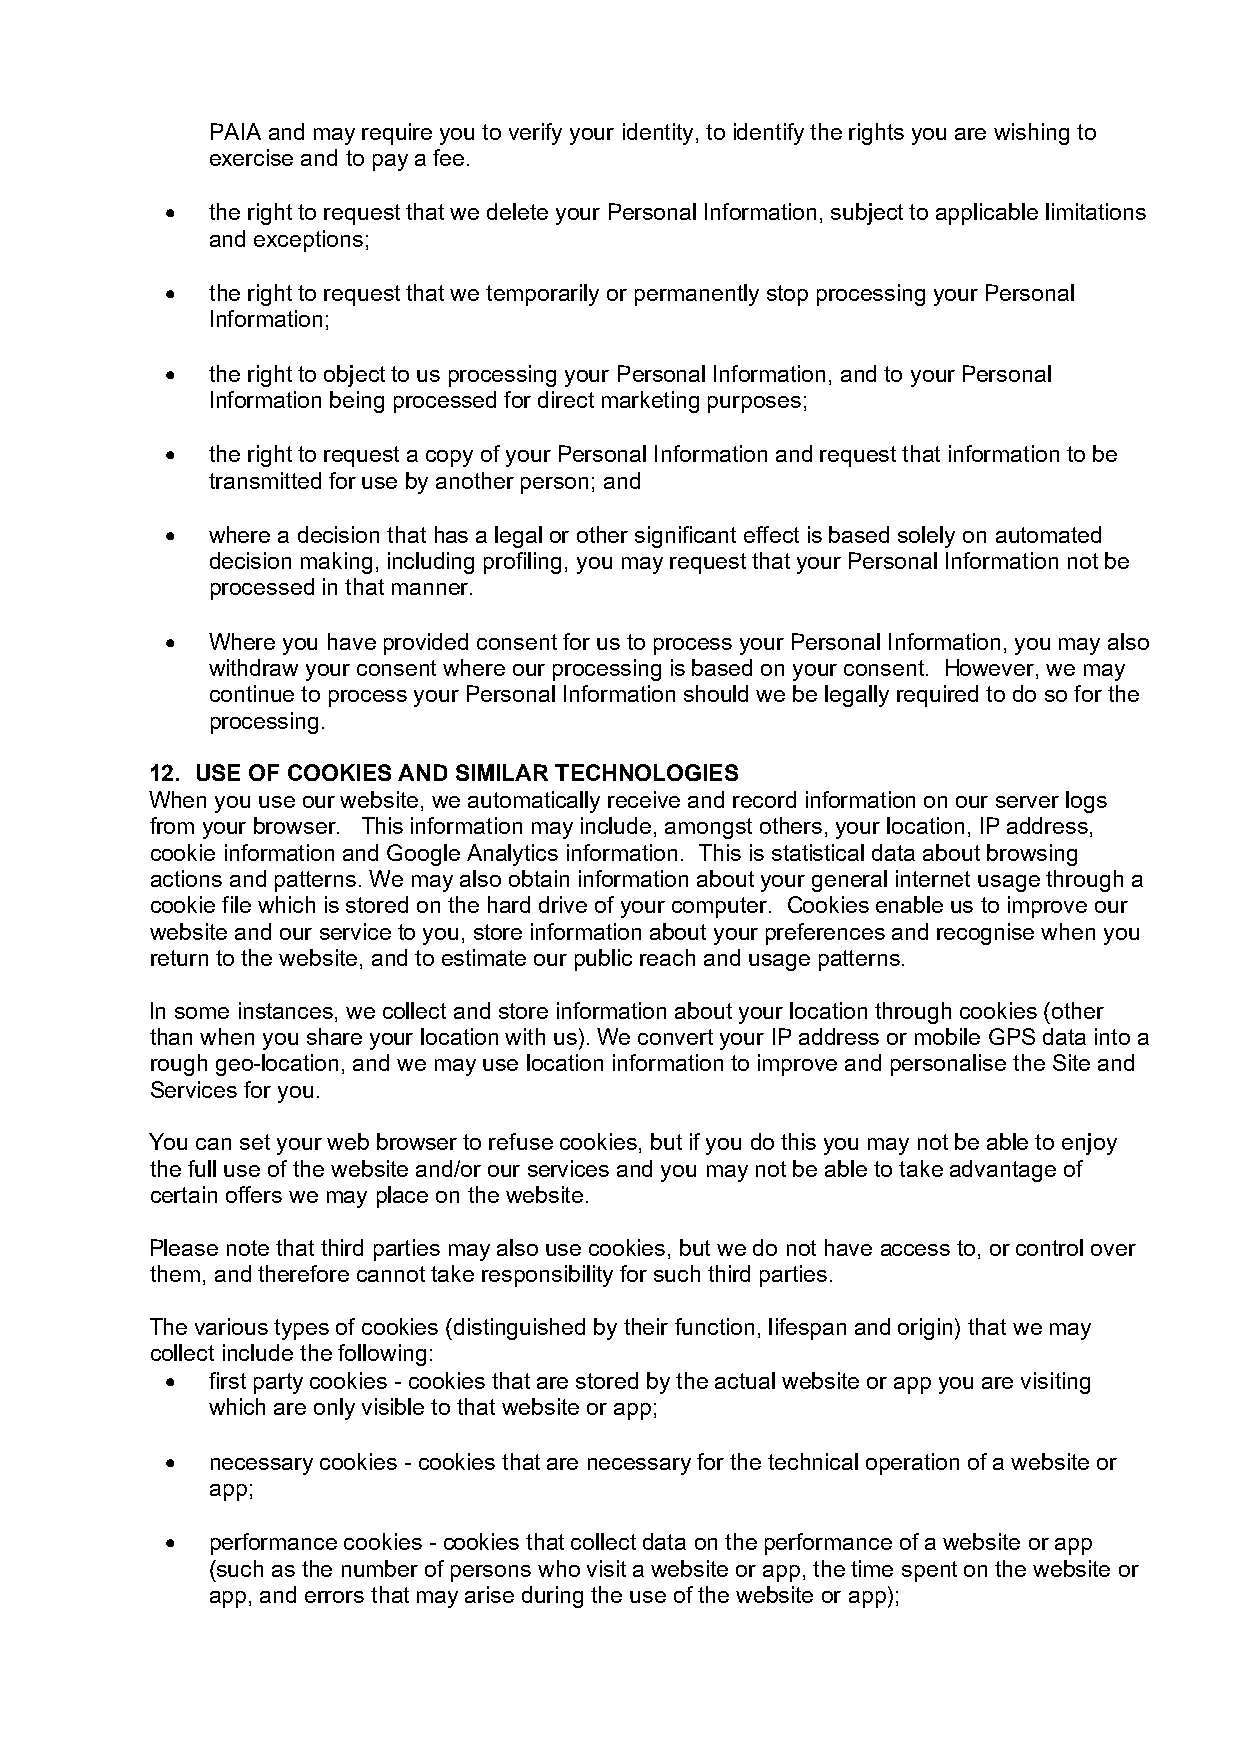
PAIA and may require you to verify your identity, to identify the rights you are wishing to
 exercise and to pay a fee.
   the right to request that we delete your Personal Information, subject to applicable limitations
 and exceptions;
   the right to request that we temporarily or permanently stop processing your Personal
 Information;
   the right to object to us processing your Personal Information, and to your Personal
 Information being processed for direct marketing purposes;
   the right to request a copy of your Personal Information and request that information to be
 transmitted for use by another person; and
   where a decision that has a legal or other significant effect is based solely on automated
 decision making, including profiling, you may request that your Personal Information not be
 processed in that manner.
   Where you have provided consent for us to process your Personal Information, you may also
 withdraw your consent where our processing is based on your consent. However, we may
 continue to process your Personal Information should we be legally required to do so for the
 processing.
 12. USE OF COOKIES AND SIMILAR TECHNOLOGIES
 When you use our website, we automatically receive and record information on our server logs
 from your browser. This information may include, amongst others, your location, IP address,
 cookie information and Google Analytics information. This is statistical data about browsing
 actions and patterns. We may also obtain information about your general internet usage through a
 cookie file which is stored on the hard drive of your computer. Cookies enable us to improve our
 website and our service to you, store information about your preferences and recognise when you
 return to the website, and to estimate our public reach and usage patterns.
 In some instances, we collect and store information about your location through cookies (other
 than when you share your location with us). We convert your IP address or mobile GPS data into a
 rough geo-location, and we may use location information to improve and personalise the Site and
 Services for you.
 You can set your web browser to refuse cookies, but if you do this you may not be able to enjoy
 the full use of the website and/or our services and you may not be able to take advantage of
 certain offers we may place on the website.
 Please note that third parties may also use cookies, but we do not have access to, or control over
 them, and therefore cannot take responsibility for such third parties.
 The various types of cookies (distinguished by their function, lifespan and origin) that we may
 collect include the following:
   first party cookies - cookies that are stored by the actual website or app you are visiting
 which are only visible to that website or app;
   necessary cookies - cookies that are necessary for the technical operation of a website or
 app;
   performance cookies - cookies that collect data on the performance of a website or app
 (such as the number of persons who visit a website or app, the time spent on the website or
 app, and errors that may arise during the use of the website or app);